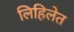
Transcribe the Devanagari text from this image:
लिहिलेत